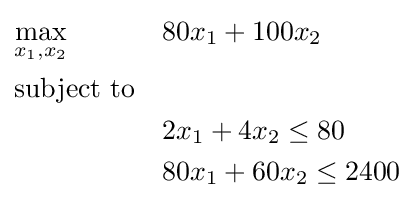
{\begin{aligned}&{\underset {x_{1},x_{2}}{\text{max}}}&&80x_{1}+100x_{2}\\&{\text{subject to}}&&\\&&&2x_{1}+4x_{2}\leq 80\\&&&80x_{1}+60x_{2}\leq 2400\\\end{aligned}}